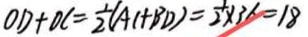
O D + D C = \frac { 1 } { 2 } ( A C + B D ) = \frac { 1 } { 2 } \times 3 6 = 1 8